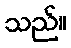
သည်။